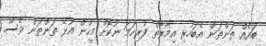
ބައެއް ތަންތަން އެބަހުރި އިމާރާތް ފުރިހަމަ ނުކޮށް މީހުން އުޅޭ ތަންތަން ވެސް.